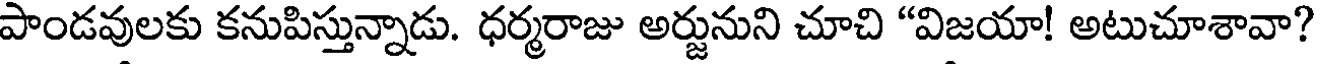
పాండవులకు కనుపిస్తున్నాడు. ధర్మరాజు అర్జునుని చూచి "విజయా! అటుచూశావా?